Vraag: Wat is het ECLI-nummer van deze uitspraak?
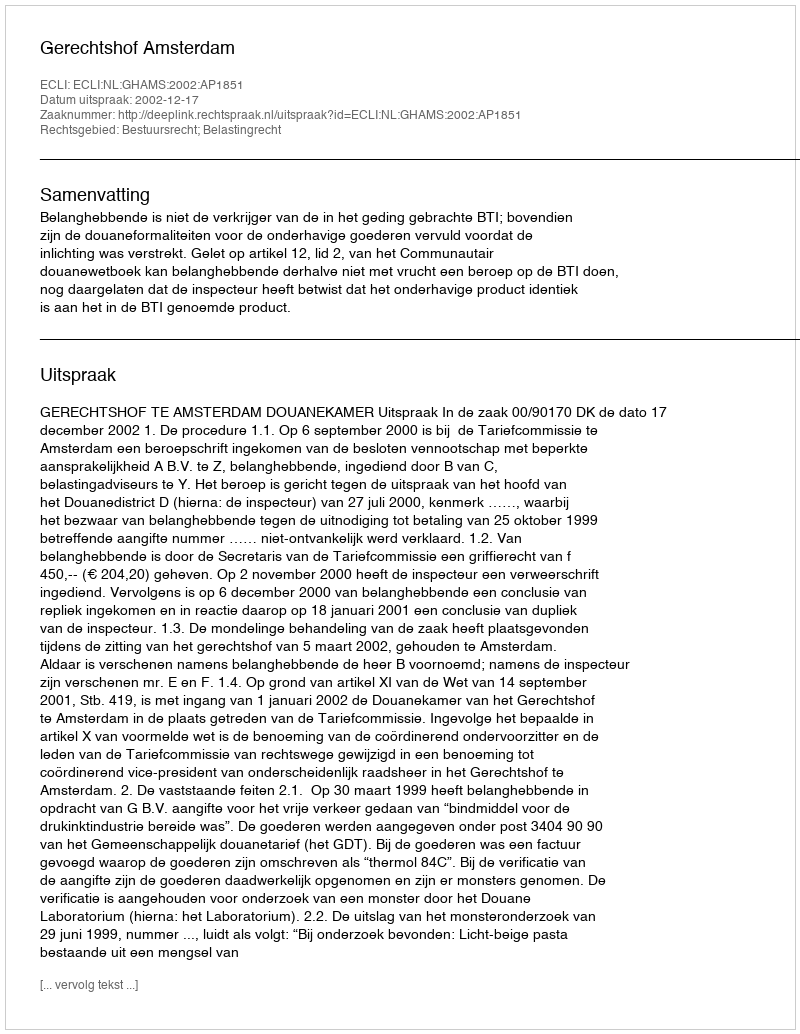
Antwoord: ECLI:NL:GHAMS:2002:AP1851